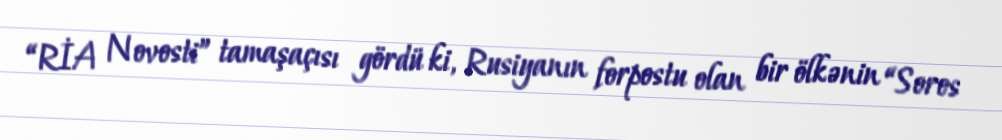
“RİA Novosti” tamaşaçısı gördü ki, Rusiyanın forpostu olan bir ölkənin “Soros